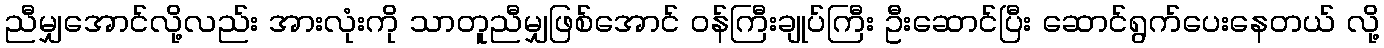
ညီမျှအောင်လို့လည်း အားလုံးကို သာတူညီမျှဖြစ်အောင် ဝန်ကြီးချုပ်ကြီး ဦးဆောင်ပြီး ဆောင်ရွက်ပေးနေတယ် လို့